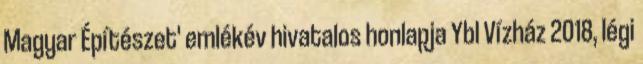
Magyar Építészet' emlékév hivatalos honlapja Ybl Vízház 2018, légi